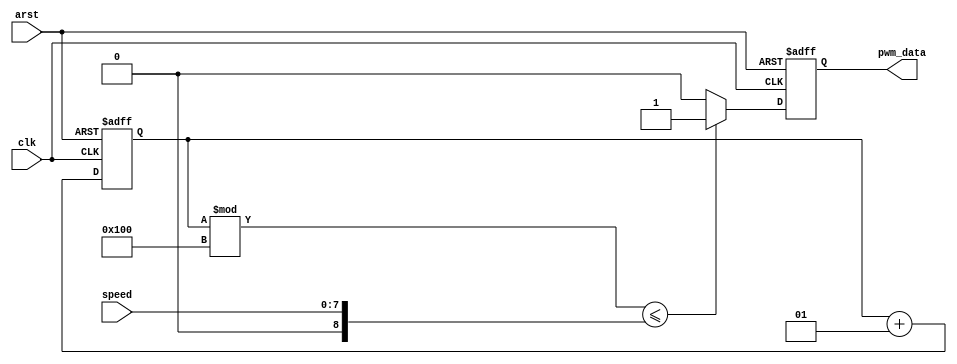
`timescale 1ns / 1ps
//////////////////////////////////////////////////////////////////////////////////
// Company: 
// Engineer: 
// 
// Design Name: 
// Module Name:    FanSpeed 
// Project Name: 
// Target Devices: 
// Tool versions: 
// Description: 
//
// Dependencies: 
//
// Revision: 
// Revision 0.01 - File Created
// Additional Comments: 
//
//////////////////////////////////////////////////////////////////////////////////
module FanSpeed (
	input        arst     , // reset [asynch]  
	input        clk      , // clock [posedge] 
	input  [7:0] speed    , // speed [duty-cycle]  
	output reg   pwm_data   // data  [output]
);

	integer cycle, i = 1, period = 256;
	
	always @(posedge clk or negedge arst)
	begin
		if(~arst) begin
			pwm_data = 0;
			i = 1;
		end
		else begin
		cycle = speed;
		
		if(i%period <= cycle)
			pwm_data = 1;
		else
			pwm_data = 0;
		
		i = i+1;
		end
	end
	
endmodule